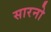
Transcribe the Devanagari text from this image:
सारनो